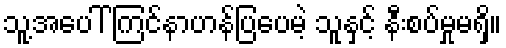
သူ့အပေါ် ကြင်နာဟန်ပြပေမဲ့ သူနှင့် နီးစပ်မှုမရှိ။